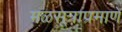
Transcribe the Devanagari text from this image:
मळसूत्राप्रमाणे